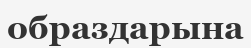
образдарына